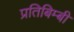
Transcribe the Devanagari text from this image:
प्रतिबिम्बी